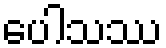
ပေါသဿ